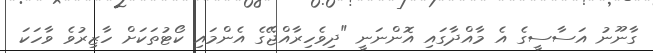
ގާނޫނު އަސާސީގެ އެ މާއްދާގައި އޮންނަނީ "ދިވެހިރާއްޖޭގެ އެންމައި ކޯޓުތަކަށް ހާޒިރުވެ ވާހަކަ